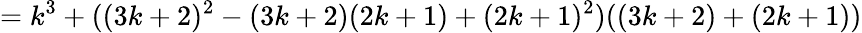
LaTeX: =k^{3}+((3k+2)^{2}-(3k+2)(2k+1)+(2k+1)^{2})((3k+2)+(2k+1))